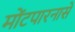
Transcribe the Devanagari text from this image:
मोंटपारनासे